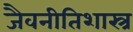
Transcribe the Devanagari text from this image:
जैवनीतिशास्त्र